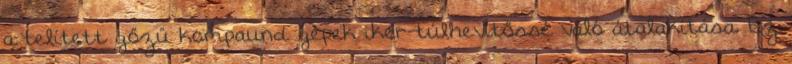
a telített gőzű kompaund gépek iker-túlhevítőssé való átalakítása. Ez